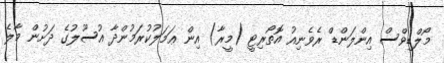
މޯލްޑިވްސް އިންލަންޑް ރެވެނިއު އޮތޯރިޓީ (މީރާ) އިން ޢަމަލުކުރަމުންދާ އުސޫލުގެ ދަށުން މާލެ